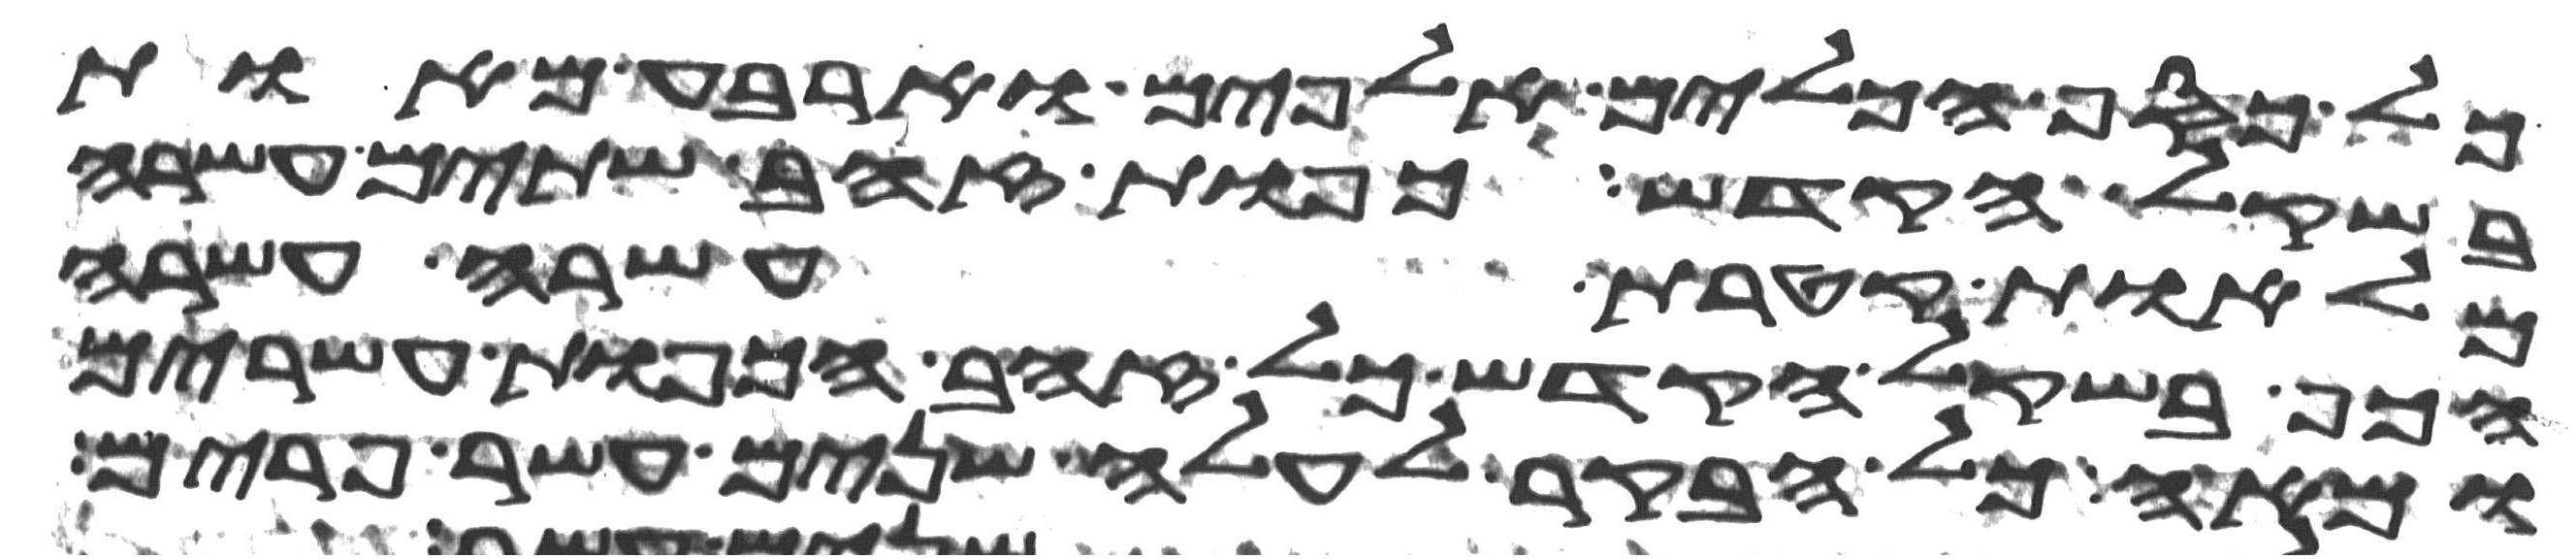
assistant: כל כסף הכלים אלפים וארבע מאות
בשקל הקדש כפות זהב שתים עשרה
מלאות קטרת עשרה עשרה
הכף בשקל הקדש כל זהב הכפות עשרים
ומאה כל הבקר לעלה שנים עשר פרים